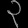
Digit: ၃